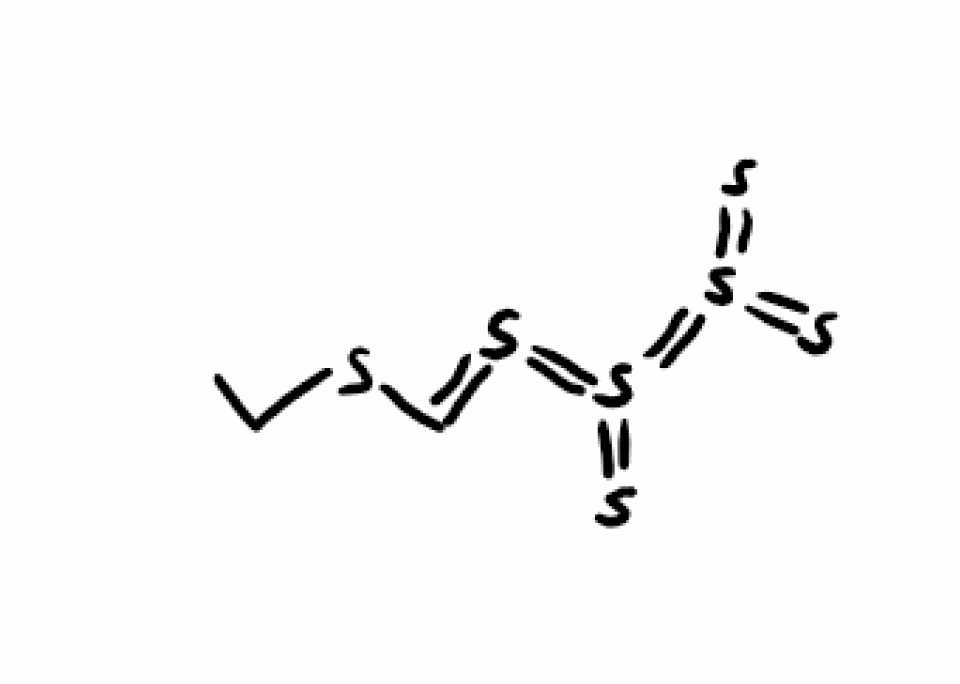
Simplified molecular-input line-entry system (SMILES) notation of the given molecule:
CCSC=S=S(=S)=S(=S)=S